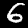
Label: 6